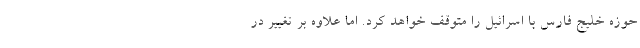
حوزه خلیج فارس با اسرائیل را متوقف خواهد کرد. اما علاوه بر تغییر در